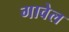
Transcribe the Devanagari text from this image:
गावेल